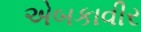
એબકાવીર